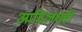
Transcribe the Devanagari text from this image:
आदिलशही